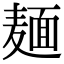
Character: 麺